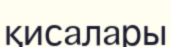
қисалары